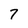
Character: 7